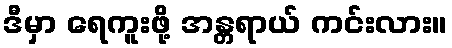
ဒီမှာ ရေကူးဖို့ အန္တရာယ် ကင်းလား။